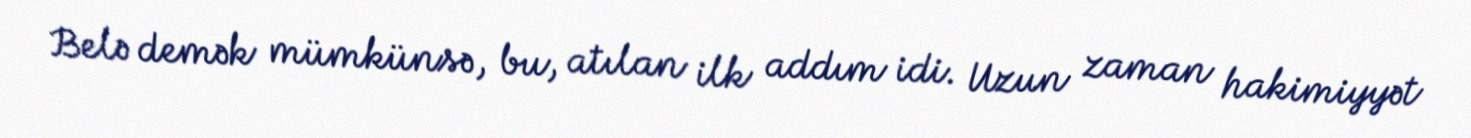
Belə demək mümkünsə, bu, atılan ilk addım idi. Uzun zaman hakimiyyət